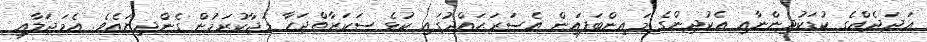
ޢަދަދެއްގެ ކުޑަކުދިންނާއި އެކުދިންގެ މައިންބަފައިން އެސަރަޙައްދުގައި ކުޅެ ސަކަރާތްޖަހާ މަޖާކުރަމުން ގެންދިޔައެވެ. އެމަޖަލާއި